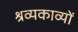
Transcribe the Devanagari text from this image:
श्रव्यकाव्यों